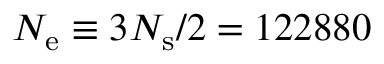
N _ { \mathrm { e } } \equiv 3 N _ { \mathrm { s } } / 2 = 1 2 2 8 8 0